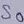
Text: S0